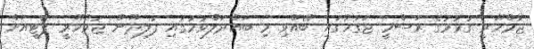
ޖުމްހޫރީ ގުޅުމުގެ ރަސްމީ ޖަގަހާގައި ބޭއްވި މި ބައްދަލްވުމުގައި ފުލިދޫން ޖުމްހޫރީ ޕާޓީއަށް